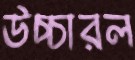
উচ্চারল